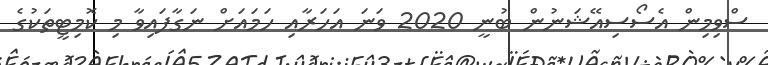
ސްވިމިން އެސޯސިއޭޝަނުން ބުނީ 2020 ވަނަ އަހަރާއި ހަމައަށް ނަގާފައިވާ މި ކޮމިޓީތަކުގެ